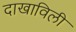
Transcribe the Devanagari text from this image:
दाखाविली